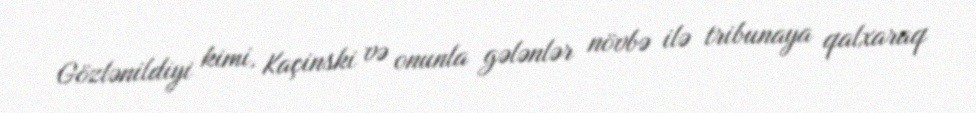
Gözlənildiyi kimi, Kaçinski və onunla gələnlər növbə ilə tribunaya qalxaraq